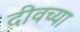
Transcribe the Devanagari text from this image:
दीवच्या